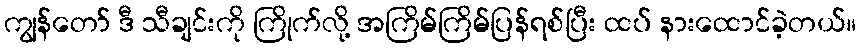
ကျွန်တော် ဒီ သီချင်းကို ကြိုက်လို့ အကြိမ်ကြိမ်ပြန်ရစ်ပြီး ထပ် နားထောင်ခဲ့တယ်။